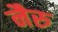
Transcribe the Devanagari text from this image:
नैरु